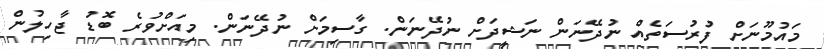
މައުމޫނަށް ފުރުސަތެއް ނުދޭނަން ނަޝީދަށް ނުދޭނަން. ގާސިމަށް ނުދޭނަން. މިއަށްވުރެ ބޮޑު ޖާހިލުން